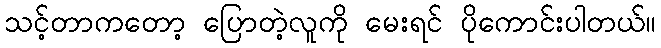
သင့်တာကတော့ ပြောတဲ့လူကို မေးရင် ပိုကောင်းပါတယ်။